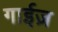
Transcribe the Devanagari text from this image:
गाईज़